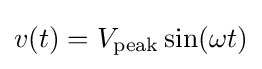
v(t)=V_{\text{peak}}\sin(\omega t)